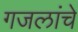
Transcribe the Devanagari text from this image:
गजलांचे